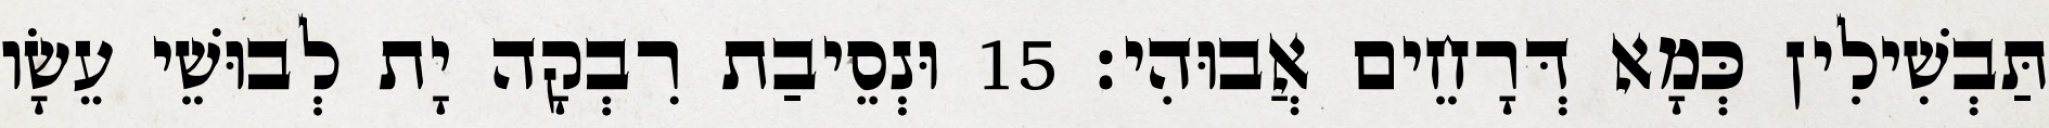
תַּבְשִׁילִין כְּמָא דְּרָחֵים אֲבוּהִי׃ 15 וּנְסֵיבַת רִבְקָה יָת לְבוּשֵׁי עֵשָׂו